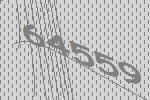
64559